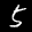
Label: 5